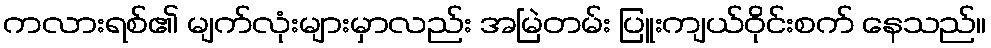
ကလားရစ်၏ မျက်လုံးများမှာလည်း အမြဲတမ်း ပြူးကျယ်ဝိုင်းစက် နေသည်။